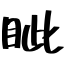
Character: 眦